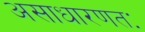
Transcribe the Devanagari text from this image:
असाधारणतः